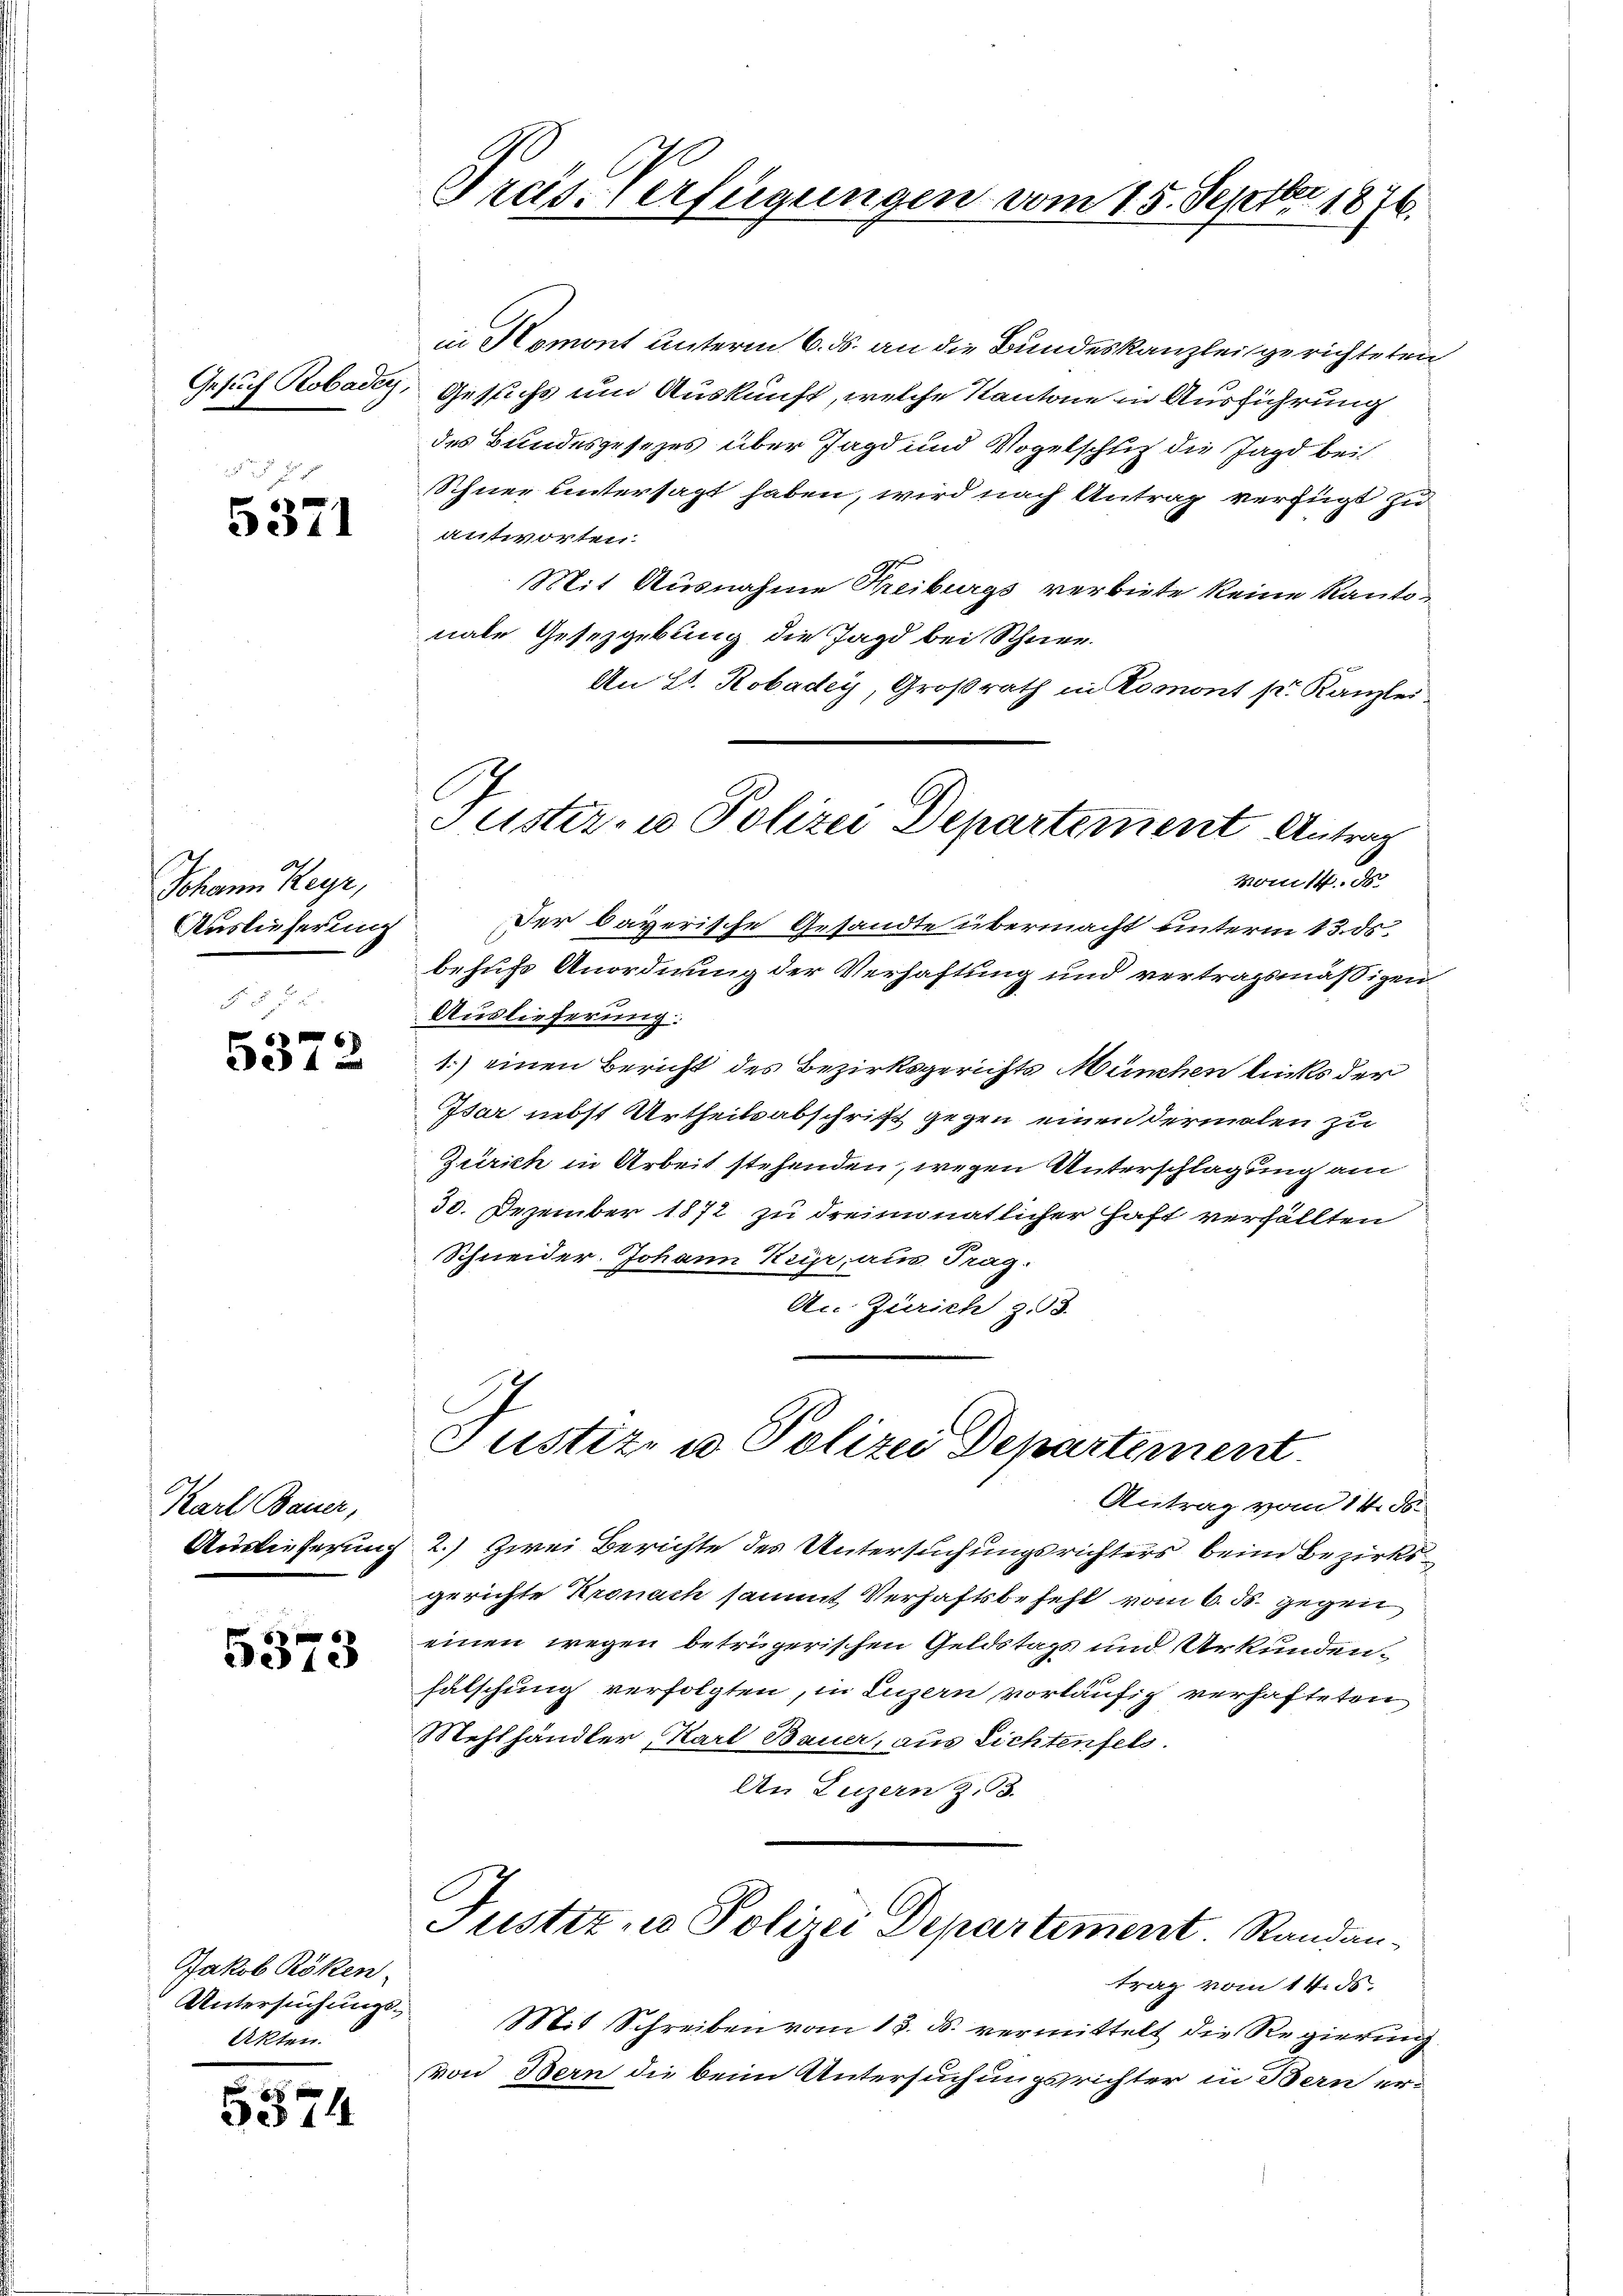
Gesuch Robader,
 x

5371

Johann Reur,

5372

Karl Bauer,
Auslieferung

5373

Jakob Röken-
Untersuchungs¬
Akten.

5374

e
Tras. Verfügungen vom 15. Septer 1876.

Schnee untersagt haben, wird nach Antrag verfügt zu
antworten.
Mit Ausnahme Freiburgs verbiete keine Kantonate Gesetzgebung die Jagd bei Schnee.
An E. Robadey, Großrath in Romont pr. Kanzlei

Tuster- u Polizei Departement Antrag

Justiz- u Polizei Departement

in Homont unterm 6. ds. an die Bundeskanzlei gerichteten
Gesuchs um Auskunft, welche Kantone in Ausführung
des Bundesgesezes über Jagd und Vogelschuf die Jagd bei

monst de
Auslieferung der bayerische Gesandte übermacht unterm 13. ds.
behufs Anordnung der Verhaftung und vertragsmäßigen
Auslieferung:
1.) einen Bericht des Bezirksgerichts München leits der
Isar nebst Urtheilsabschrift gegen einen dermalen zu
Zürich in Arbeit stehenden, wegen Unterschlagung am
30. Dezember 1872 zu dreimonatlicher Haft verfällten
Schneider. Johann Kuh aus Trag.
An Zürich zu

Antrag vom 14. d.
2.) Zwei Berichte des Untersuchungsrichters beim Bezirksgerichte Kronach sammt Verhaftsbefehl vom 6. ds. gegen
einen wegen betrügerischen Geldstags und Urkundenfälschung verfolgten, in Luzern vorläufig verhafteten
Mehlhändler, Karl Bauer, aus Lichtenfels.
An Luzern Z. 3.
Justiz- u Polizei Departement. Randantrag vom 14. ds.
Mit Schreiben vom 13. ds. vermittelt die Regierung
von Bern die beim Untersuchungsrichter in Bern er-